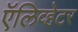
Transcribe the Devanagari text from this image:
ऍलिव्हेटर